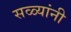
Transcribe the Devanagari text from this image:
सळ्यांनी